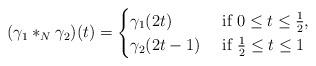
LaTeX: \begin{align*}(\gamma_1 *_N \gamma_2)(t) = \begin{cases}\gamma_1(2t)& \hbox{ if }0\leq t\leq \frac{1}{2},\\\gamma_2(2t-1)& \hbox{ if }\frac{1}{2}\leq t\leq 1\end{cases}\end{align*}